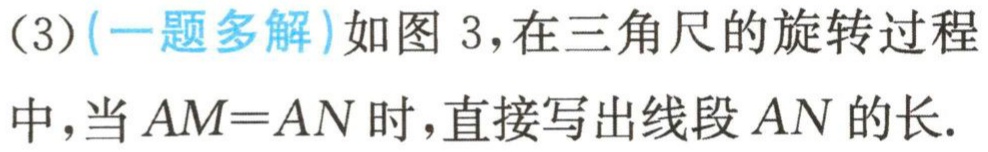
(3)(一题多解)如图 3，在三角尺的旋转过程中，当$AM = AN$时，直接写出线段$AN$的长.